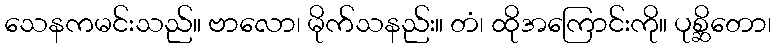
သေနကမင်းသည်။ ဗာလော၊ မိုက်သနည်း။ တံ၊ ထိုအကြောင်းကို။ ပုစ္ဆိတော၊